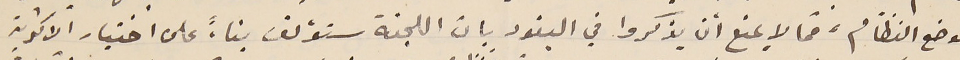
لوضع النظام، فما لا يمنع ان يذكروا في البنود بان اللجنة ستؤلف بناءً على اختيار الاكثرية